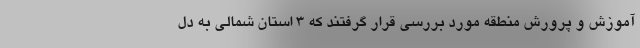
آموزش و پرورش منطقه مورد بررسی قرار گرفتند که ۳ استان شمالی به دل